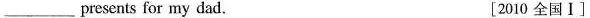
____presents for my dad. [2010 全国I]